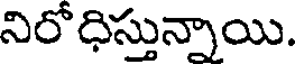
నిరోధిస్తున్నాయి.